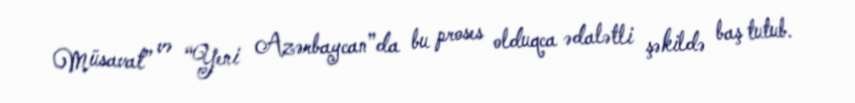
Müsavat” və “Yeni Azərbaycan”da bu proses olduqca ədalətli şəkildə baş tutub.